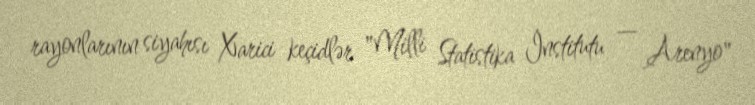
rayonlarının siyahısı Xarici keçidlər "Milli Statistika İnstitutu — Arenyo"